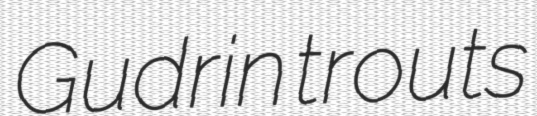
Gudrin trouts